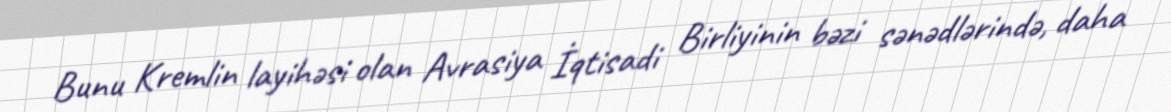
Bunu Kremlin layihəsi olan Avrasiya İqtisadi Birliyinin bəzi sənədlərində, daha